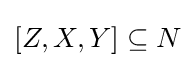
[Z,X,Y]\subseteq N